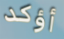
أؤكد